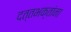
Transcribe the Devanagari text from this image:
दत्तभक्तांना